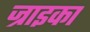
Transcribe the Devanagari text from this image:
ज्राइका